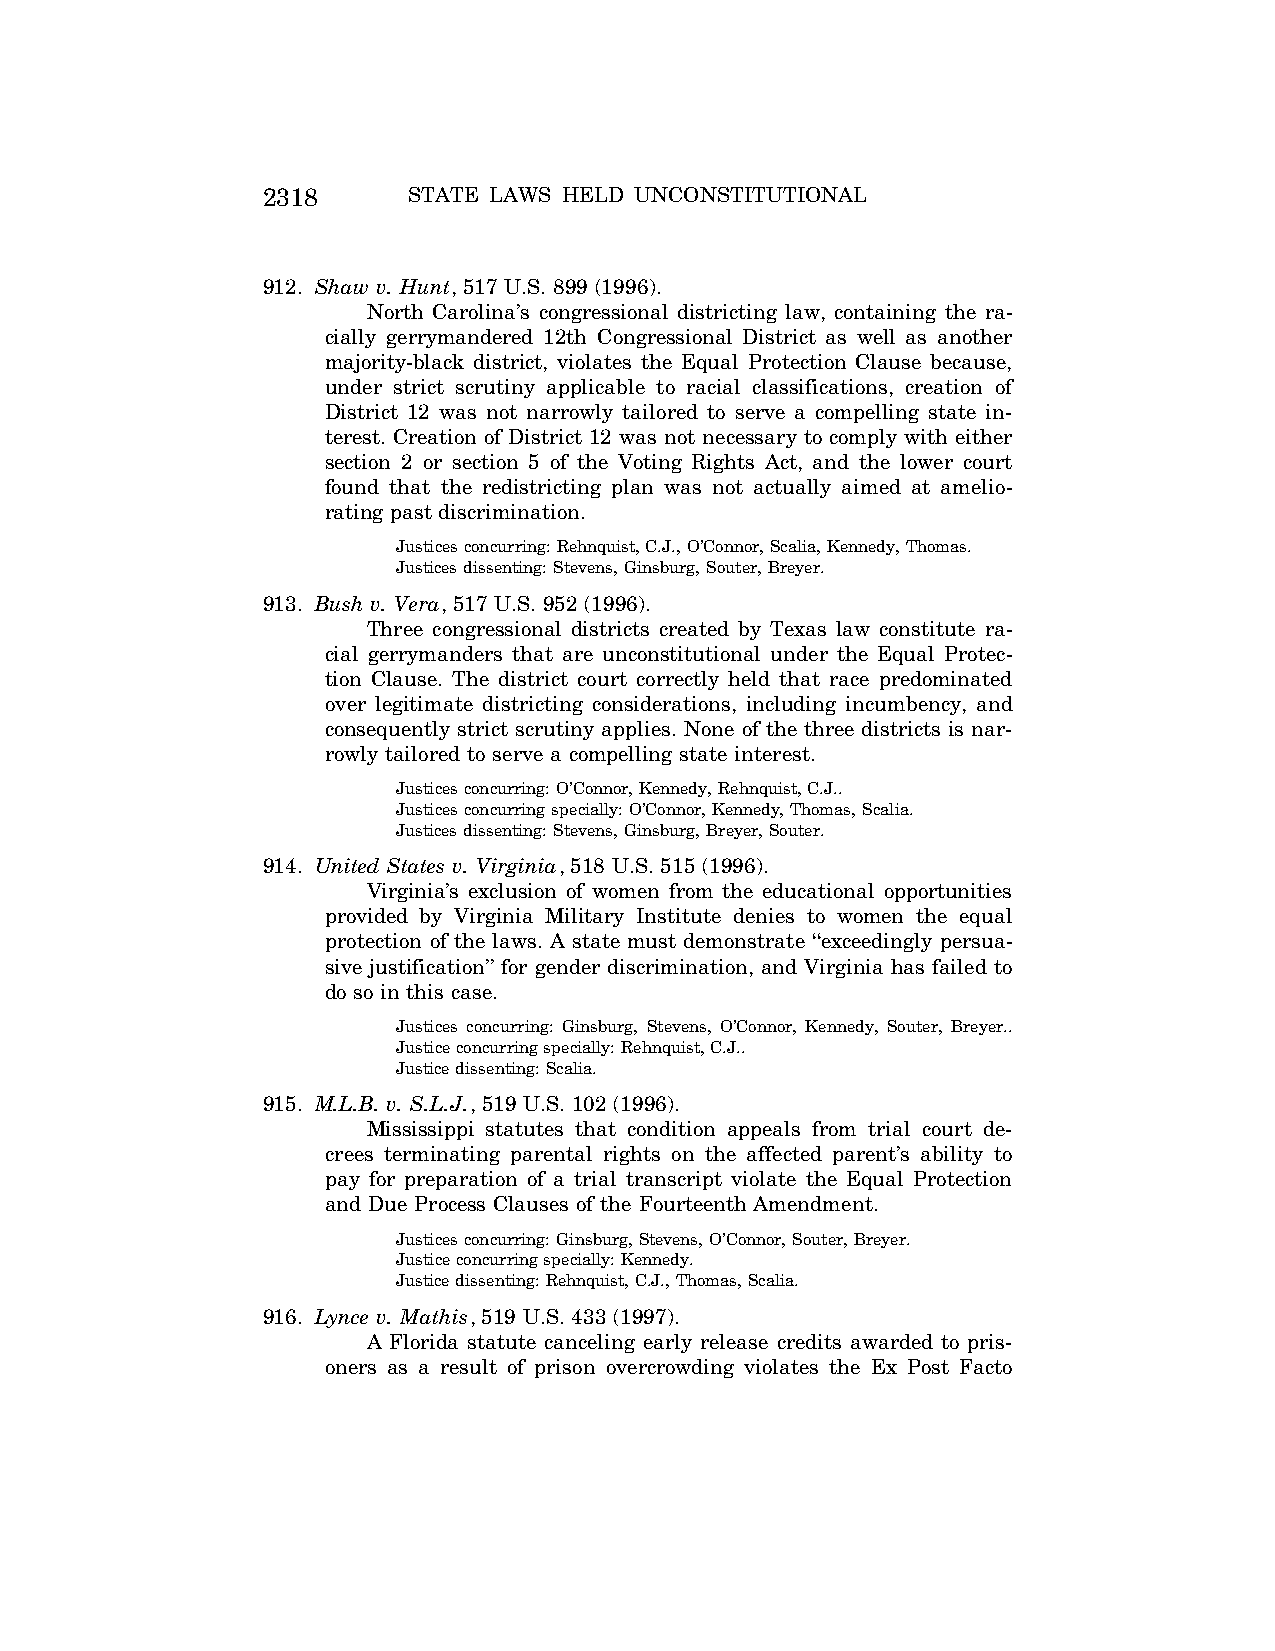
2318      STATE LAWS HELD UNCONSTITUTIONAL
 912. Shaw v. Hunt, 517 U.S. 899 (1996).
 North Carolina’s congressional districting law, containing the ra-
 cially gerrymandered 12th Congressional District as well as another
 majority-black district, violates the Equal Protection Clause because,
 under strict scrutiny applicable to racial classifications, creation of
 District 12 was not narrowly tailored to serve a compelling state in-
 terest. Creation of District 12 was not necessary to comply with either
 section 2 or section 5 of the Voting Rights Act, and the lower court
 found that the redistricting plan was not actually aimed at amelio-
 rating past discrimination.
 Justices concurring: Rehnquist, C.J., O’Connor, Scalia, Kennedy, Thomas.
 Justices dissenting: Stevens, Ginsburg, Souter, Breyer.
 913. Bush v. Vera, 517 U.S. 952 (1996).
 Three congressional districts created by Texas law constitute ra-
 cial gerrymanders that are unconstitutional under the Equal Protec-
 tion Clause. The district court correctly held that race predominated
 over legitimate districting considerations, including incumbency, and
 consequently strict scrutiny applies. None of the three districts is nar-
 rowly tailored to serve a compelling state interest.
 Justices concurring: O’Connor, Kennedy, Rehnquist, C.J..
 Justices concurring specially: O’Connor, Kennedy, Thomas, Scalia.
 Justices dissenting: Stevens, Ginsburg, Breyer, Souter.
 914. United States v. Virginia, 518 U.S. 515 (1996).
 Virginia’s exclusion of women from the educational opportunities
 provided by Virginia Military Institute denies to women the equal
 protection of the laws. A state must demonstrate ‘‘exceedingly persua-
 sive justification’’ for gender discrimination, and Virginia has failed to
 do so in this case.
 Justices concurring: Ginsburg, Stevens, O’Connor, Kennedy, Souter, Breyer..
 Justice concurring specially: Rehnquist, C.J..
 Justice dissenting: Scalia.
 915. M.L.B. v. S.L.J., 519 U.S. 102 (1996).
 Mississippi statutes that condition appeals from trial court de-
 crees terminating parental rights on the affected parent’s ability to
 pay for preparation of a trial transcript violate the Equal Protection
 and Due Process Clauses of the Fourteenth Amendment.
 Justices concurring: Ginsburg, Stevens, O’Connor, Souter, Breyer.
 Justice concurring specially: Kennedy.
 Justice dissenting: Rehnquist, C.J., Thomas, Scalia.
 916. Lynce v. Mathis, 519 U.S. 433 (1997).
 A Florida statute canceling early release credits awarded to pris-
 oners as a result of prison overcrowding violates the Ex Post Facto
 VerDate Aug<04>2004 12:57 Aug 23, 2004 Jkt 077500 PO 00000 Frm 00158 Fmt 8222 Sfmt 8222 C:\CONAN\CON064.SGM PRFM99 PsN: CON064